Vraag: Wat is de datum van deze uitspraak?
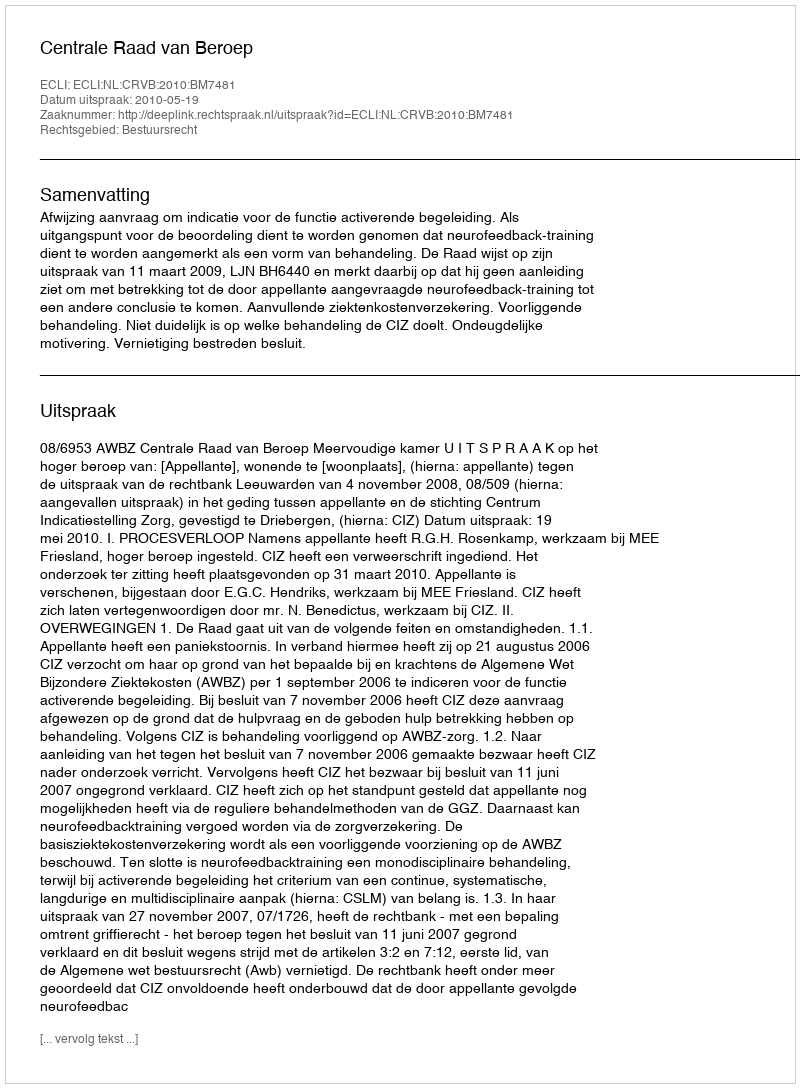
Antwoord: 2010-05-19